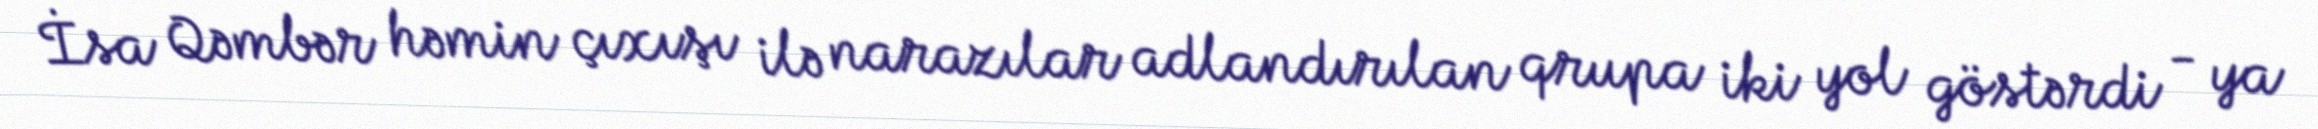
İsa Qəmbər həmin çıxışı ilə narazılar adlandırılan qrupa iki yol göstərdi - ya